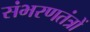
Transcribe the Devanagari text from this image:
संभरणतंत्रों